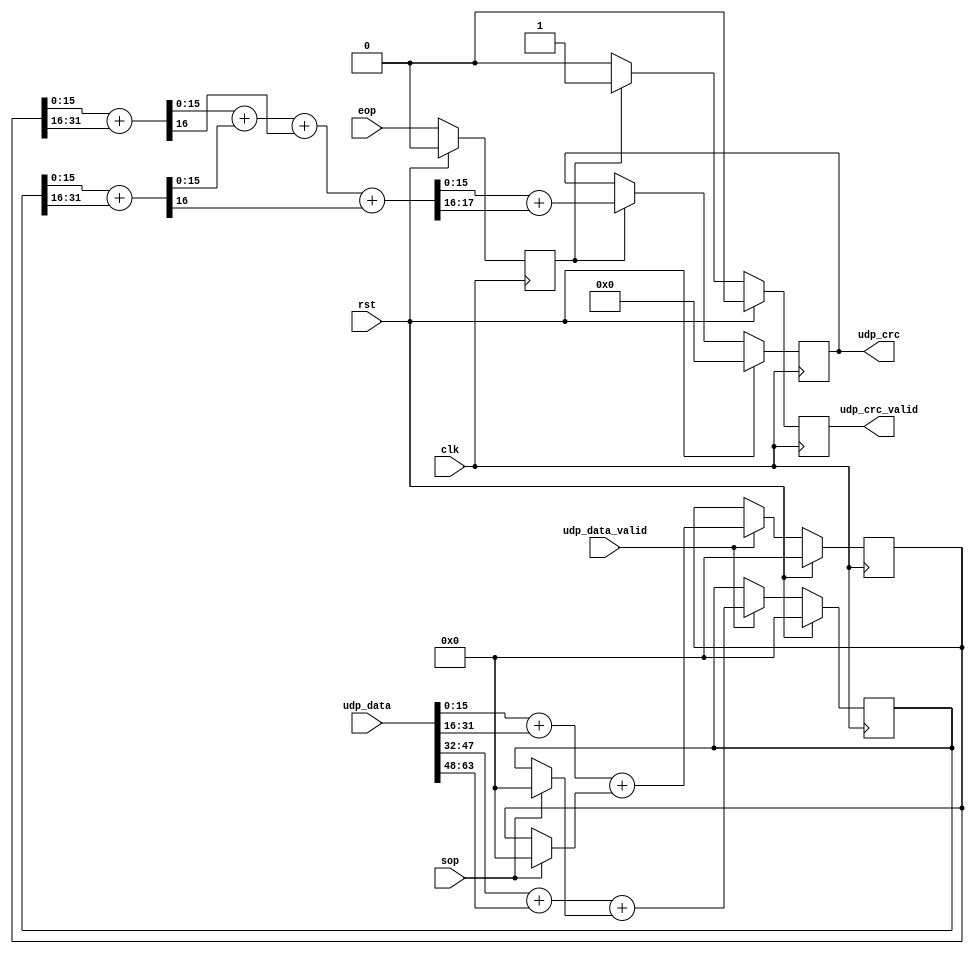
`timescale 1ns / 1ps

module payload_crc_acc_A(

   input    wire        clk,
   input    wire        rst,
   input    wire [63:0] udp_data,
   input   wire         udp_data_valid,
   input    wire        eop,
   input    wire        sop,
   output   reg[15:0]   udp_crc,
   output   reg         udp_crc_valid

);

   reg [31:0] sum_a;
   reg [31:0] sum_b;
   wire [16:0] result_a;
   wire [16:0] result_b;
   wire [17:0] result;
   reg last_detect;
   
   always @(posedge clk) begin
      if (rst) begin
         sum_a    <= 0;
         sum_b    <= 0;
         udp_crc <= 0;
         udp_crc_valid <= 0;
      end
      else begin
         if (udp_data_valid) begin
            sum_a <= udp_data[15:0] + udp_data[31:16]  + (sop? 16'b0 : sum_a);
            sum_b <= udp_data[47:32] + udp_data[63:48] + (sop? 16'b0 : sum_b);
         end
         if (last_detect) begin
            udp_crc <= (result[15:0] + result[17:16]);
            udp_crc_valid <= 1;
         end
         else udp_crc_valid <= 0;
      end
   end
   
   assign result_a = (sum_a[15:0] + sum_a[31:16]);
   assign result_b = (sum_b[15:0] + sum_b[31:16]);
   assign result   = result_a[15:0] + result_b[15:0] + result_a[16] + result_b[16];
   
   always @(posedge clk) begin 
       if (rst) begin
           last_detect <= 0;
       end else begin
         last_detect <= eop;
      end
   end

endmodule